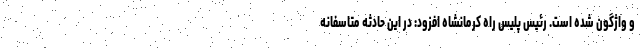
و واژگون شده است. رئیس پلیس راه کرمانشاه افزود: در این حادثه متاسفانه